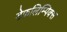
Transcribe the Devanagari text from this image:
डेफ़लिम्पिक्स